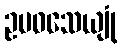
ဥပဝသေယျုံ